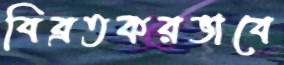
বিব্রতকরভাবে